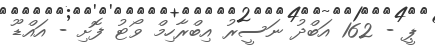
ޕީ - 162 އަބްދު ނަސީރު އިބްރާހިމް ވޯޓު ފޮށި - އައްޑޫ